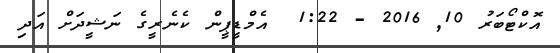
އޮކްޓޯބަރު 10